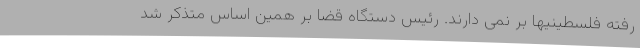
رفته فلسطینیها بر نمی دارند. رئیس دستگاه قضا بر همین اساس متذکر شد